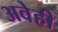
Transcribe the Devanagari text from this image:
अवेही